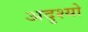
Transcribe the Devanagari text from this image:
अदृश्यो